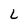
Character: L